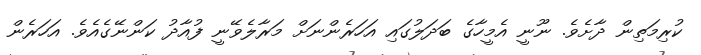
ކުރިމަތިން ދާށެވެ. ނޫނީ އެމީހާގެ ބަދަލުގައި އަހަރެންނަށް މަރާލެވޭނީ ފުއާދު ކަންނޭގެއެވެ. އަހަރެން